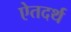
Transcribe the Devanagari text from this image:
ऐतदर्थ